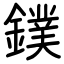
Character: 鏷